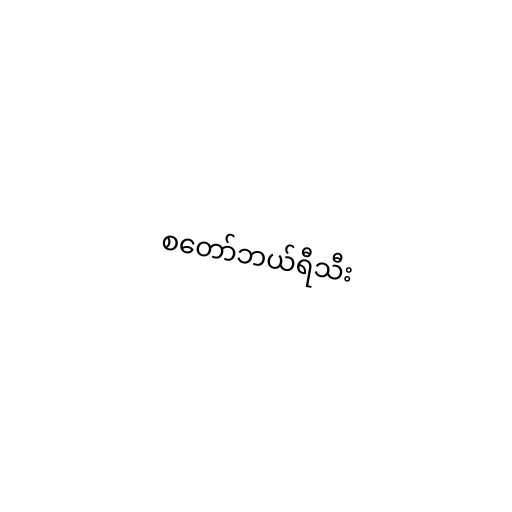
စတော်ဘယ်ရီသီး